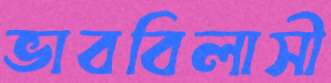
ভাববিলাসী